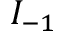
I _ { - 1 }